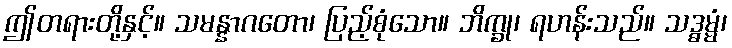
ဤတရားတို့နှင့်။ သမန္နာဂတော၊ ပြည့်စုံသော။ ဘိက္ခု၊ ရဟန်းသည်။ သဒ္ဓမ္မံ၊